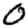
Digit: 0